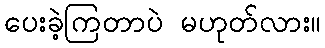
ပေးခဲ့ကြတာပဲ မဟုတ်လား။